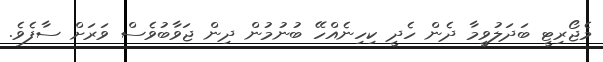
މެޖޯރިޓީ ބަދަލުވީމާ ދެން ހެދީ ކިހިނެއްހޭ ބުނުމުން ދިން ޖަވާބުވެސް ވަރަށް ސާފެވެ.